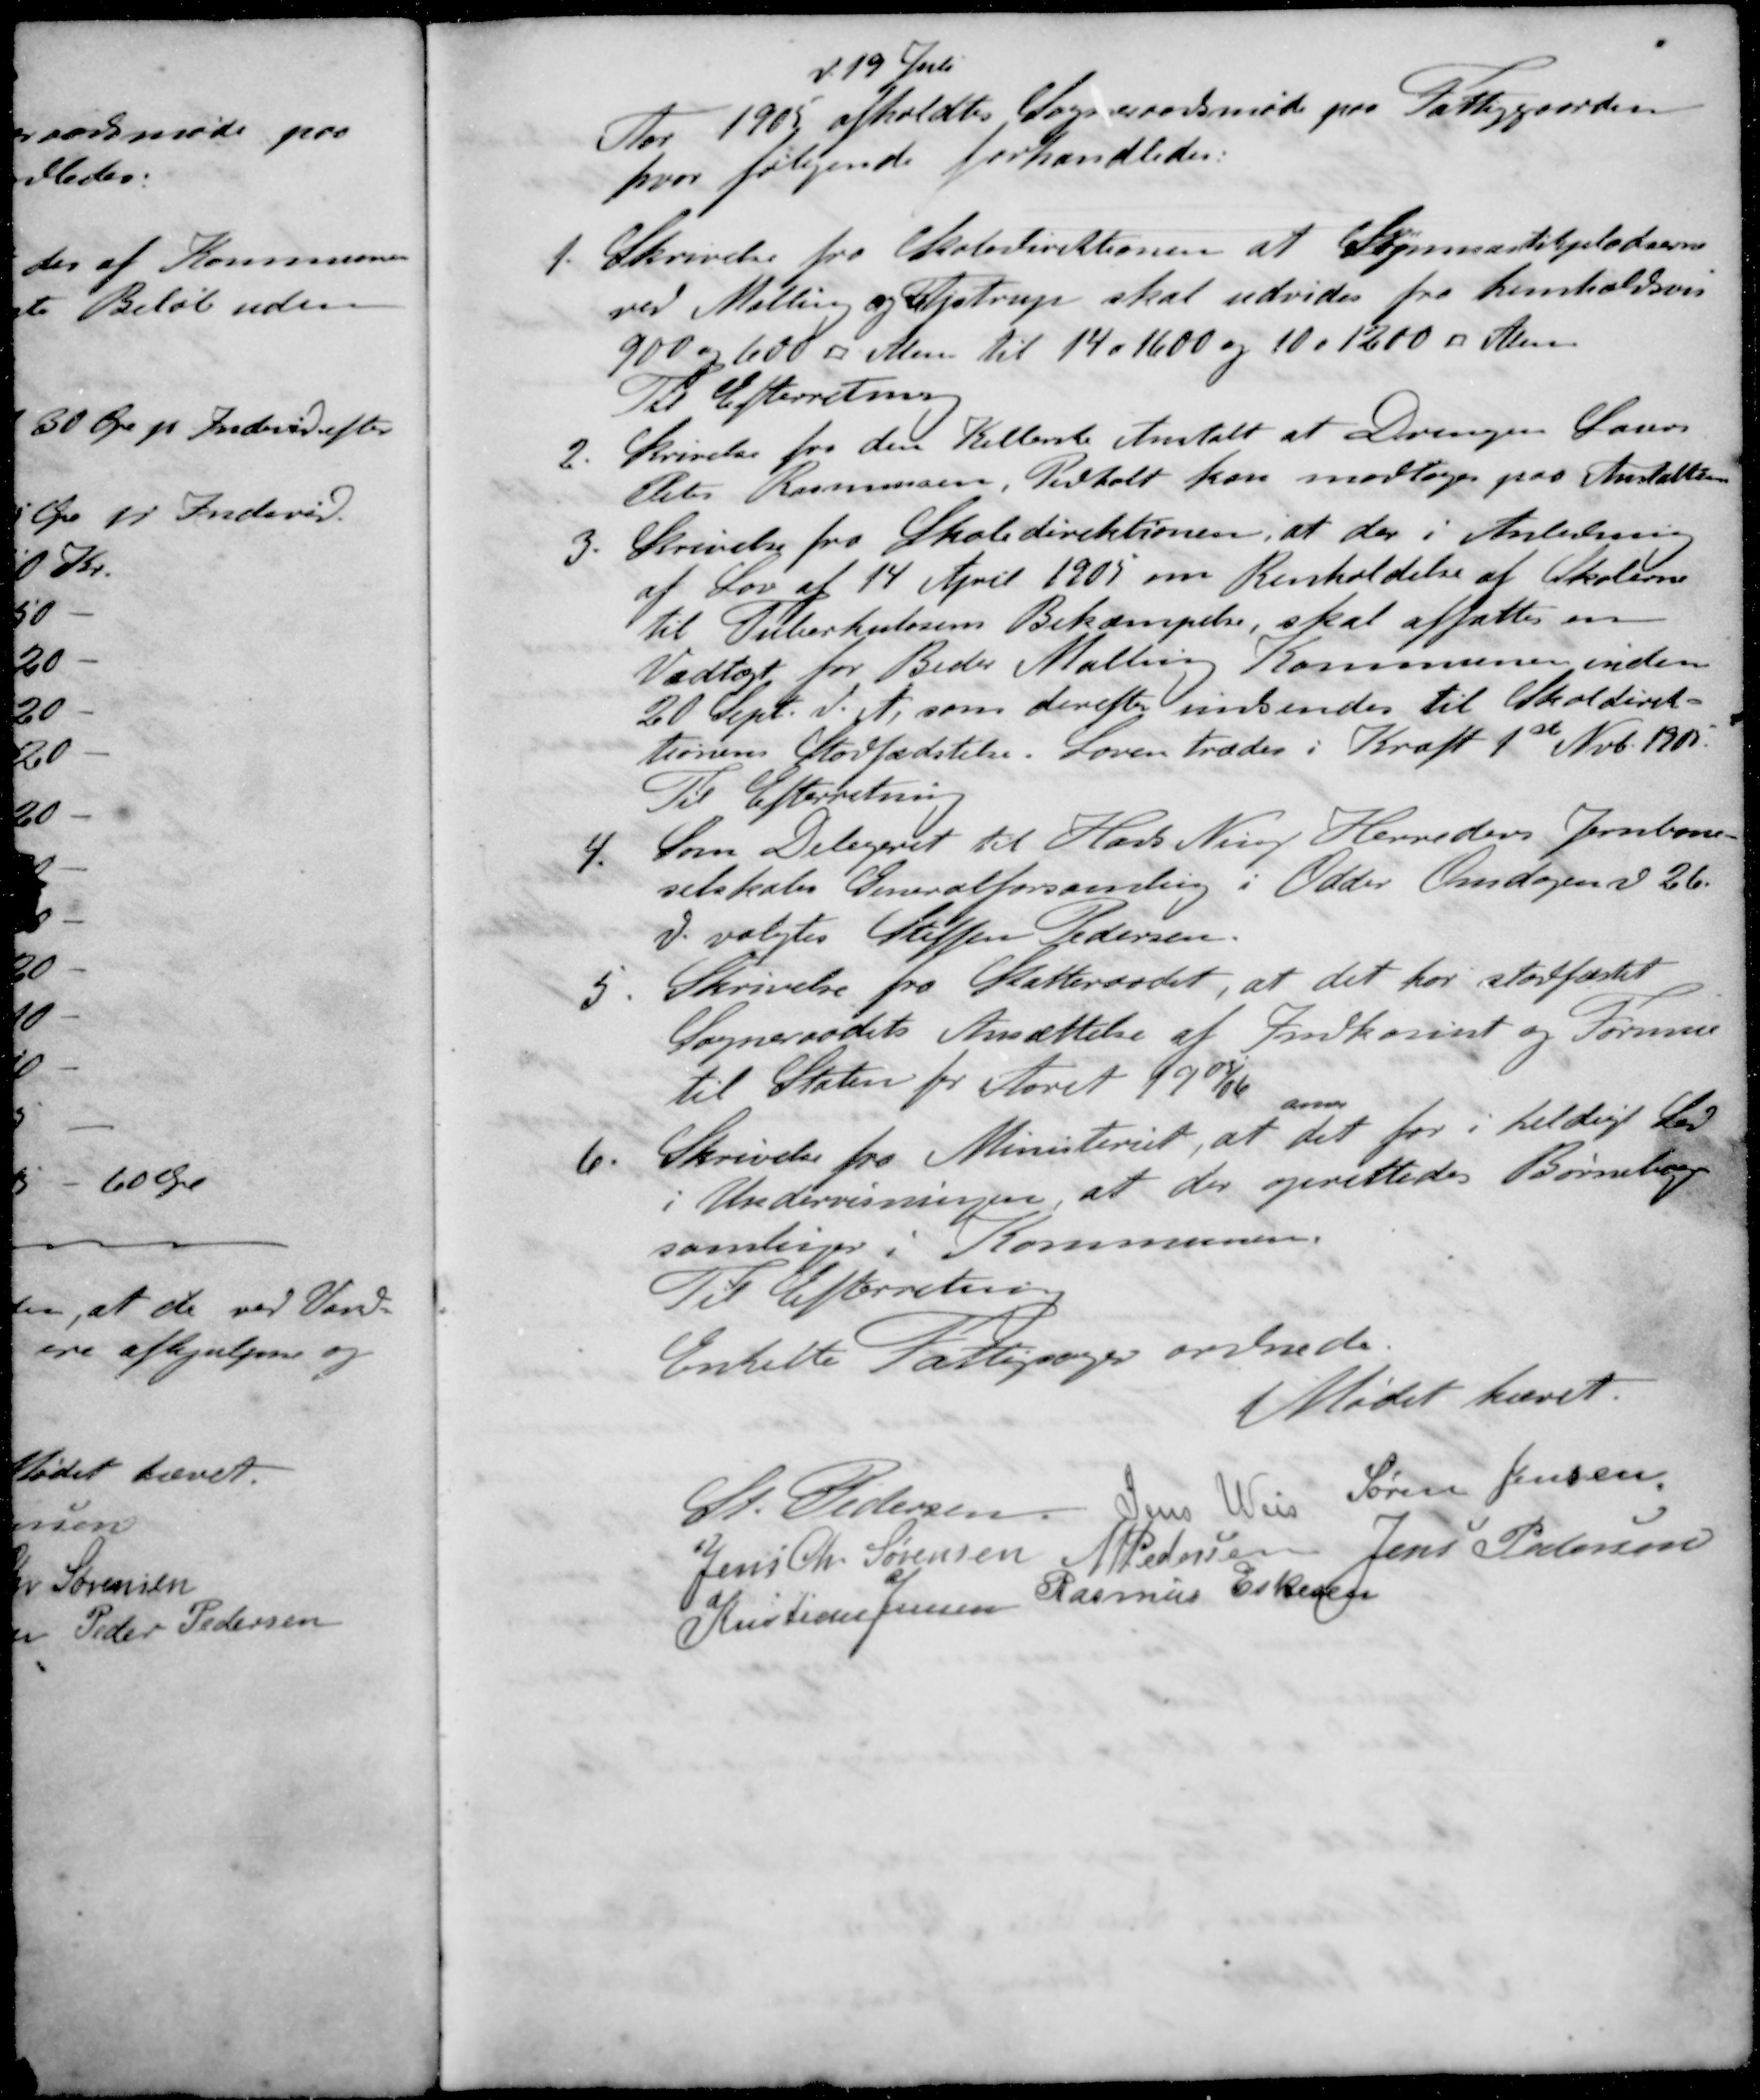
Transskription:
d 19 Juli
Aar 1905 afholdtes Sogneraadsmøde paa Fattiggaarden
hvor følgende forhandledes.
1. Skrivelse fra Skoledirektionen at Gymnastikpladserne
ved Malling og Ajstrup skal udvides fra henholdsvis
900 og 600 ؝ Alen til 14 . 1600 og 10 . 1200 ؝ Alen
Til Efterretning
2. Skrivelse fra den Kellerste Anstalt at Drengen Laurs
Peter Rasmussen, Pedholt kan modtages paa Anstalten
3. Skrivelse fra Skoledirektionen, at der i Anledning
af Lov af 14 April 1905 om Renholdelse af Skolerne
til Tuberkulosens Bekæmpelse, skal affattes en
Vedtægt for Beder Malling Kommune inden
20 Sept. d. A. som derefter indsendes til Skoledirek-
tionens Stadfædstelse. Loven træder i Kraft 1ste Novb. 1905
Til Efterretning
4. Som Delegeret til Hads Ning Herreders Jernbane-
selskabs Generalforsamling i Odder Onsdagen d. 26.
d. valgtes Steffen Pedersen
5. Skrivelse fra Skatteraadet, at det har stadfæstet
Sogneraadets Ansættelse af Indkomst og Formue
til Staten for Aaret 1905/06
anser
6. Skrivelse fra Ministeriet, at det for i heldig Lov
i Undervisningen, at der oprettedes Børnebogs-
samlinger i Kommunerne
Til Efterretning
Enkelte Fattigsager ordnede
Mødet hævet.
St Pedersen
Jens Weis
Søren Jensen
Jens Chr Sørensen
M Pedersen
Jens Pedersen
Kristian Jensen
Rasmus Eskesen